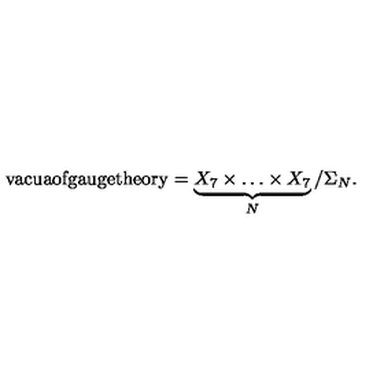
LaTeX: \mathrm { v a c u a o f g a u g e t h e o r y } = \underbrace { X _ { 7 } \times \dots \times X _ { 7 } } _ { N } / \Sigma _ { N } .